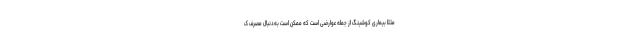
مثلا بیماری کوشینگ از جمله عوارضی است که ممکن است به‌دنبال مصرف ک